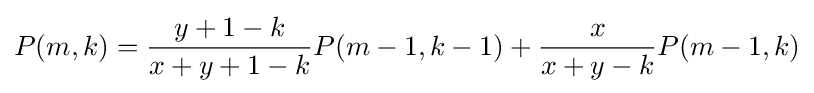
P(m,k)={\frac {y+1-k}{x+y+1-k}}P(m-1,k-1)+{\frac {x}{x+y-k}}P(m-1,k)